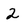
Character: 2